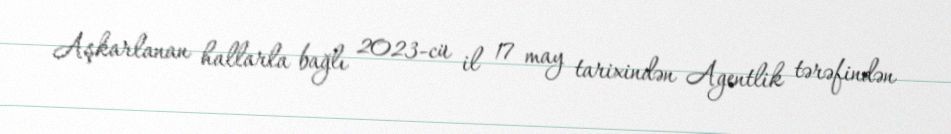
Aşkarlanan hallarla bağlı 2023-cü il 17 may tarixindən Agentlik tərəfindən